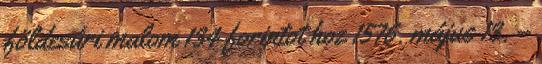
földesúri malom 134 forintot hoz 1576. május 13. –